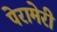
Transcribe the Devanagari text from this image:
पेरामेरी